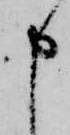
申